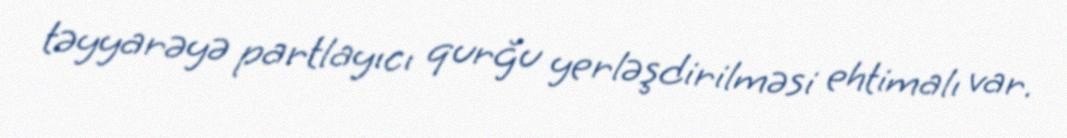
təyyarəyə partlayıcı qurğu yerləşdirilməsi ehtimalı var.